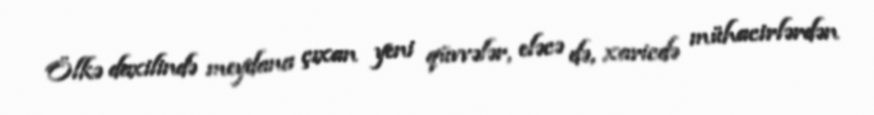
Ölkə daxilində meydana çıxan yeni qüvvələr, eləcə də, xaricdə mühacirlərdən